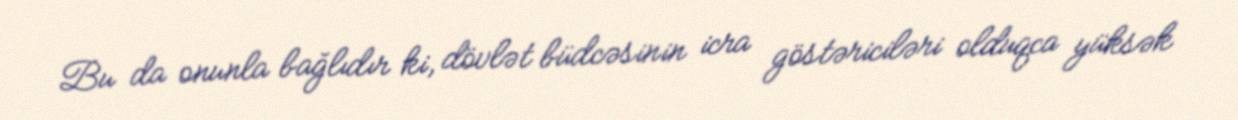
Bu da onunla bağlıdır ki, dövlət büdcəsinin icra göstəriciləri olduqca yüksək